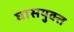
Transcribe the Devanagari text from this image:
घासयुक्त